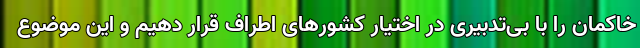
خاکمان را با بی‌تدبیری در اختیار کشورهای اطراف قرار دهیم و این موضوع